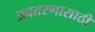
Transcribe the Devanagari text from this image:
अवतरणासाठी